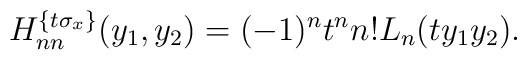
H_{nn}^{\{t\sigma_x\}}(y_1,y_2)=(-1)^nt^nn!L_n(ty_1y_2).